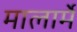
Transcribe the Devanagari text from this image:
मालार्मे